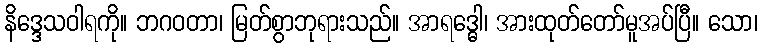
နိဒ္ဒေသဝါရကို။ ဘဂဝတာ၊ မြတ်စွာဘုရားသည်။ အာရဒ္ဓေါ၊ အားထုတ်တော်မူအပ်ပြီ။ သော၊